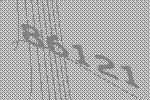
86121